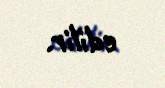
edilir.